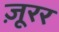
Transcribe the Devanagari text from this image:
ज़ूरर